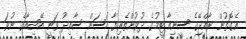
އެގޮތުން ރާއްޖޭގެ ސީނިއާ ޓީމުގެ ދުވުންތެރިޔާ ހަސަން ސާއިދު ވަނީ އޭޝިއާގެ ނުވަ